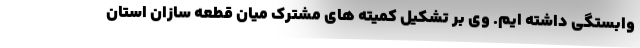
وابستگی داشته ایم. وی بر تشکیل کمیته های مشترک میان قطعه سازان استان